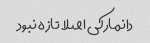
دانمارکی اصلا تازه نبود